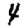
Digit: 4